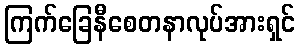
ကြက်ခြေနီစေတနာလုပ်အားရှင်